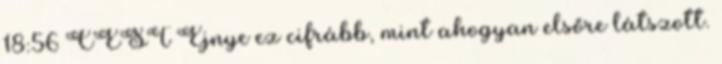
18:56 CEST Ejnye ez cifrább, mint ahogyan elsőre látszott.